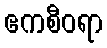
ဧကစီဝရာ